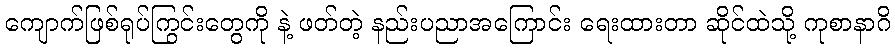
ကျောက်ဖြစ်ရုပ်ကြွင်းတွေကို နဲ့ ဖတ်တဲ့ နည်းပညာအကြောင်း ရေးထားတာ ဆိုင်ထဲသို့ ကုစာနာဂိ